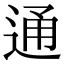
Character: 通